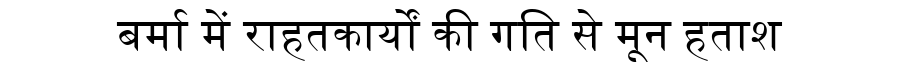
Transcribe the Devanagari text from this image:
बर्मा में राहतकार्यों की गति से मून हताश